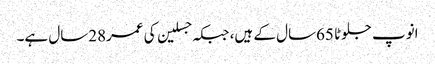
انوپ جلوٹا 65سال کے ہیں، جبکہ جسلین کی عمر28سال ہے۔